Indian journal of veterinary science and animal husbandry - Volumes 22-23, 1952-1953
Year: 1952
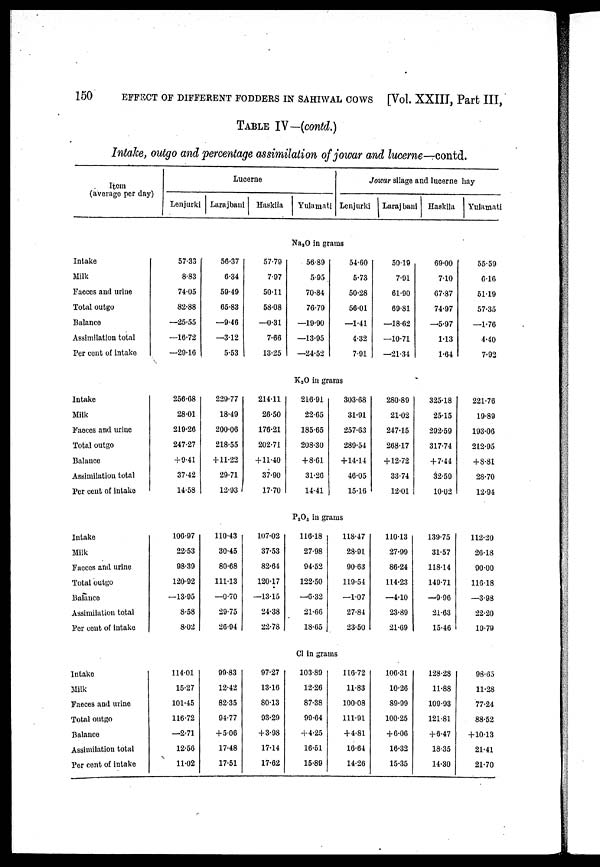
150
EFFECT OF DIFFERENT FODDERS IN SAHIWAL COWS [Vol. XXIII, Part III,
TABLE IV—(contd.)
Intake, outgo and percentage assimilation of jowar and lucerne—contd.
Item
(average per day
Intake
Milk
Faeces and urine
Total outgo
Balance
Assimilation total
Per cent of intake
Intake
Milk
Faeces and urine
Total outgo
Balance
Assimilation total
Per cent of intake
Intake
Milk
Faeces and urine
Total outgo
Balance
Assimilation total
Per cent of intake
Intake
Milk
Faeces and urine
Total outgo
Balance
Assimilation total
Per cent of intake
Lucerne
Lenjurki
57.33
8.83
74.05
82.88
—25.55
—16.72
—29.16
256.68
28.01
219.26
247.27
+9.41
37.42
14.58
106.97
22.53
98.39
120.92
—13.95
8.58
8.02
114.01
15.27
101.45
116.72
—2.71
12.56
11.02
Larajbani
56.37
6.34
59.49
65.83
—9.46
—3.12
5.53
229.77
18.49
200.06
218.55
+11.22
29.71
12.93
110.43
30.45
80.68
111.13
—0.70
29.75
26.94
99.83
12.42
82.35
94.77
+5.06
17.48
17.51
Haskila
57.79
7.97
50.11
58.08
—0.31
7.66
13.25
214.11
26.50
176.21
202.71
+11.40
37.90
17.70
107.02
37.53
82.64
120.17
—13.15
24.38
22.78
97.27
13.16
80.13
93.29
+3.98
17.14
17.62
Yulamati
Jowar silage and lucerne hay
Lenjurki
Na 2 O in grams
56.89
5.95
70.84
76.79
—19.90
—13.95
—24.52
54.60
5.73
50.28
56.01
—1.41
4.32
7.91
K 2 O in grams
216.91
22.65
185.65
208.30
+8.61
31.26
14.41
303.68
31.91
257.63
289.54
+14.14
46.05
15.16
P 2 O 6 in grams
116.18
27.98
94.52
122.50
—6.32
21.66
18.65
118.47
28.91
90.63
119.54
—1.07
27.84
23.50
Cl in grams
103.89
12.26
87.38
99.64
+4.25
16.51
15.89
116.72
11.83
100.08
111.91
+4.81
16.64
14.26
Larajbani
50.19
7.91
61.90
69.81
—18.62
—10.71
—21.34
280.89
21.02
247.15
268.17
+12.72
33.74
12.01
110.13
27.99
86.24
114.23
—4.10
23.89
21.69
106.31
10.26
89.99
100.25
+6.06
16.32
15.35
Haskila
69.00
7.10
67.87
74.97
—5.97
1.13
1.64
325.18
25.15
292.59
317.74
+7.44
32.59
10.02
139.75
31.57
118.14
149.71
—9.96
21.63
15.46
128.28
11.88
109.93
121.81
+6.47
18.35
14.30
Yulamat
55.59
6.16
51.19
57.35
—1.76
4.40
7.92
221.76
19.89
193.06
212.95
+8.81
28.70
12.94
112.20
26.18
90.00
116.18
—3.98
22.20
19.79
98.65
11.28
77.24
88.52
+10.13
21.41
21.70